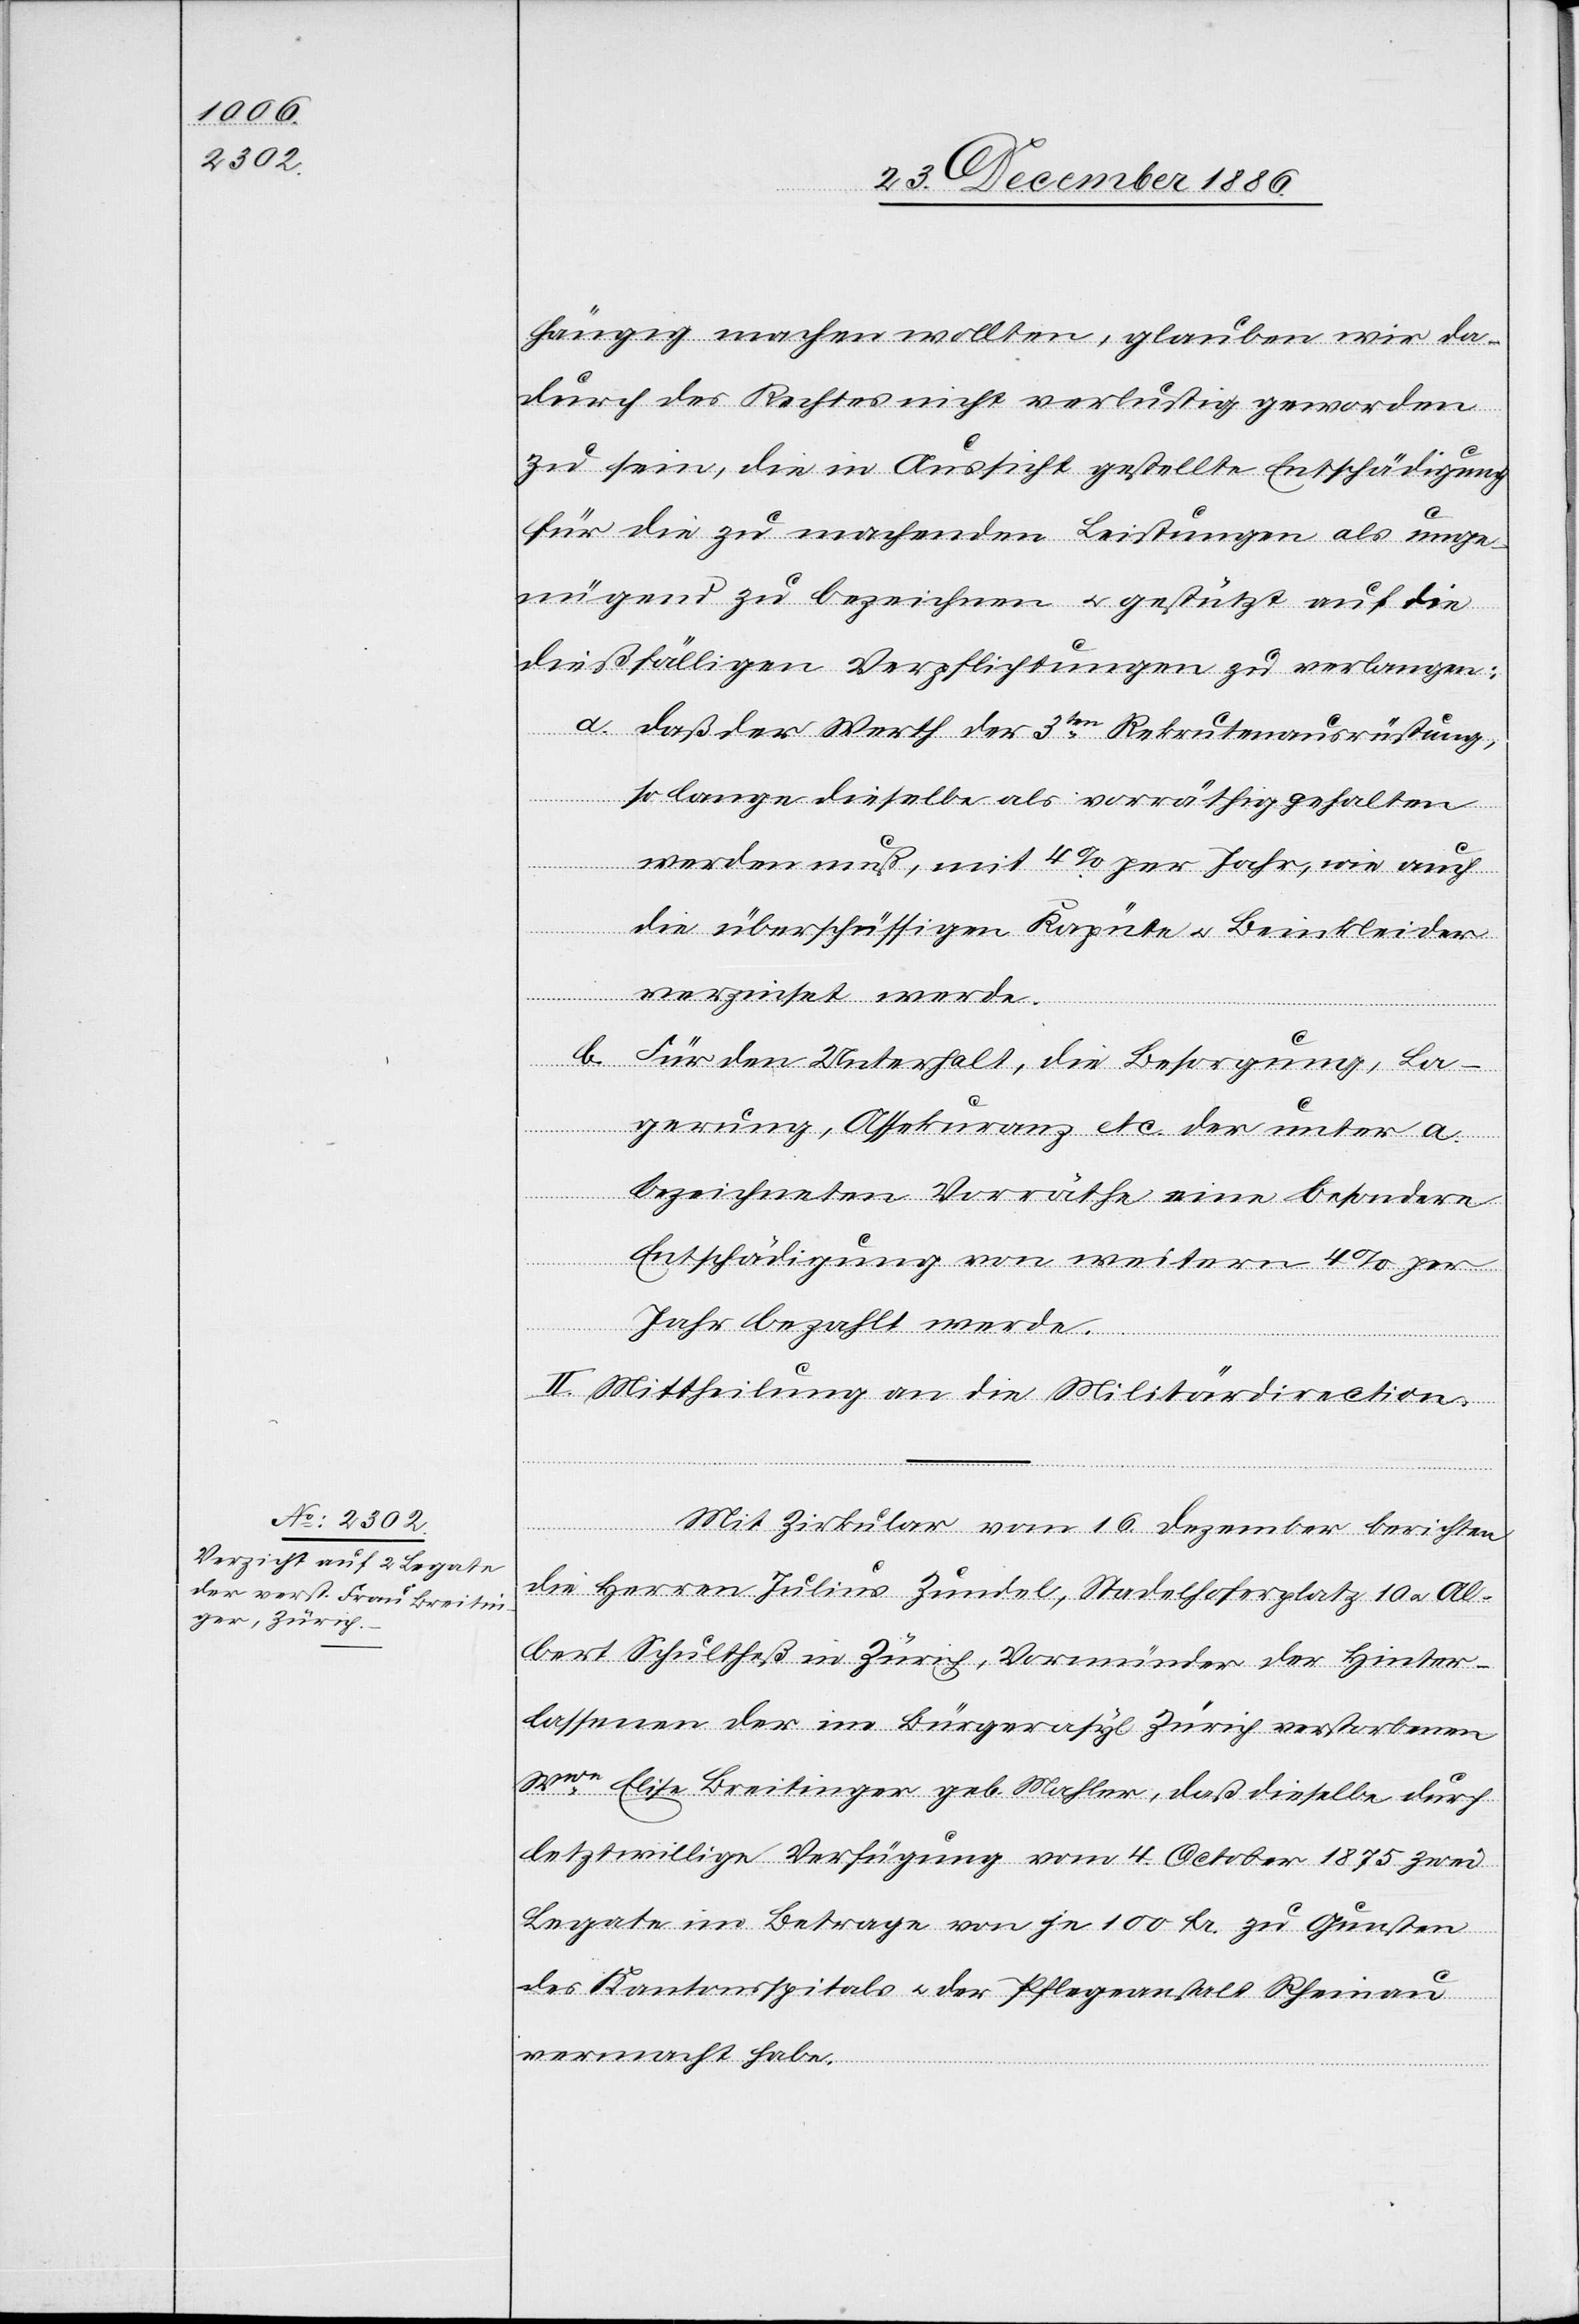
hängig machen wollten, glauben wir da¬
durch des Rechtes nicht verlustig geworden
zu sein, die in Aussicht gestellte Entschädigung
für die zu machenden Leistungen als unge¬
nügend zu bezeichnen & gestützt auf die
dießfälligen Verpflichtungen zu verlangen:
a. daß der Werth der 3ten Rekrutenausrüstung,
so lange dieselbe als vorräthig gehalten
werden muß, mit 4% per Jahr, wie auch
die überschüssigen Kapüte & Beinkleider
verzinset werde.
b. für den Unterhalt, die Besorgung, La¬
gerung, Assekuranz etc. der unter a.
bezeichneten Vorräthe eine besondere
Entschädigung von weitern 4% per
Jahr bezahlt werde.
II. Mittheilung an die Militärdirection.
Mit Zirkular vom 16. Dezember berichten
die Herren Julius Zundel, Stadelhoferplatz 10 & Al¬
bert Schultheß in Zürich, Vormünder der Hinter¬
lassenen der im Bürgerasyl Zürich verstorbenen
Wwe Elise Breitinger geb. Mahler, daß dieselbe durch
letztwillige Verfügung vom 4. October 1875 zwei
Legate im Betrage von je 100 Fr. zu Gunsten
des Kantonsspitals & der Pflegeanstalt Rheinau
vermacht habe.